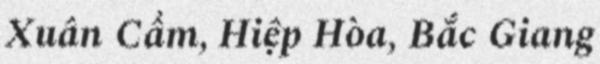
Xuân Cẩm, Hiệp Hòa, Bắc Giang